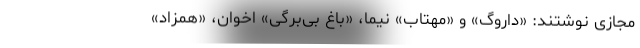
مجازی نوشتند: «داروگ» و «مهتاب» نیما، «باغ بی‌برگی» اخوان، «همزاد»